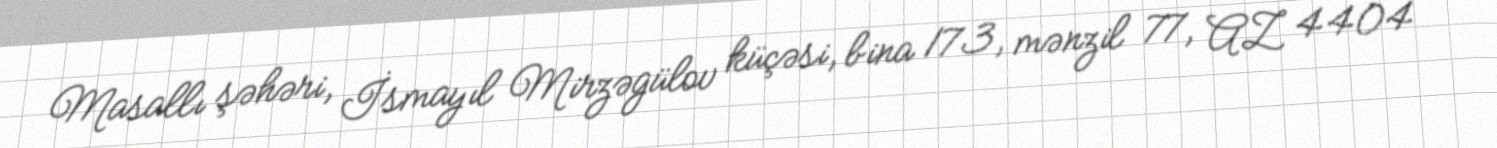
Masallı şəhəri, İsmayıl Mirzəgülov küçəsi, bina 173, mənzil 77, AZ 4404